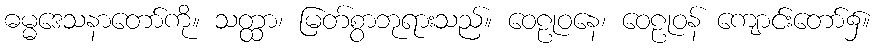
ဓမ္မဒေသနာတော်ကို။ သတ္ထာ၊ မြတ်စွာဘုရားသည်။ ဝေဠုဝနေ၊ ဝေဠုဝန် ကျောင်းတော်၌။